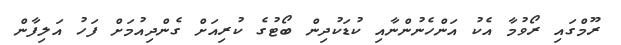
ރޫމްގައި ރޯވުމާ އެކު އަންހެނުންނާއި ކުޑަކުދިން ބޯޓުގެ ކުރިއަށް ގެންދިއުމަށް ފަހު އަލިފާން